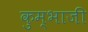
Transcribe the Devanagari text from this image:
कुम्भाजी